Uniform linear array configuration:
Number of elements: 12
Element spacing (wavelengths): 0.75
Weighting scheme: hamming
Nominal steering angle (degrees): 15
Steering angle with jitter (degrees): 14.447
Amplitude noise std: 0.05
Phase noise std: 0.05

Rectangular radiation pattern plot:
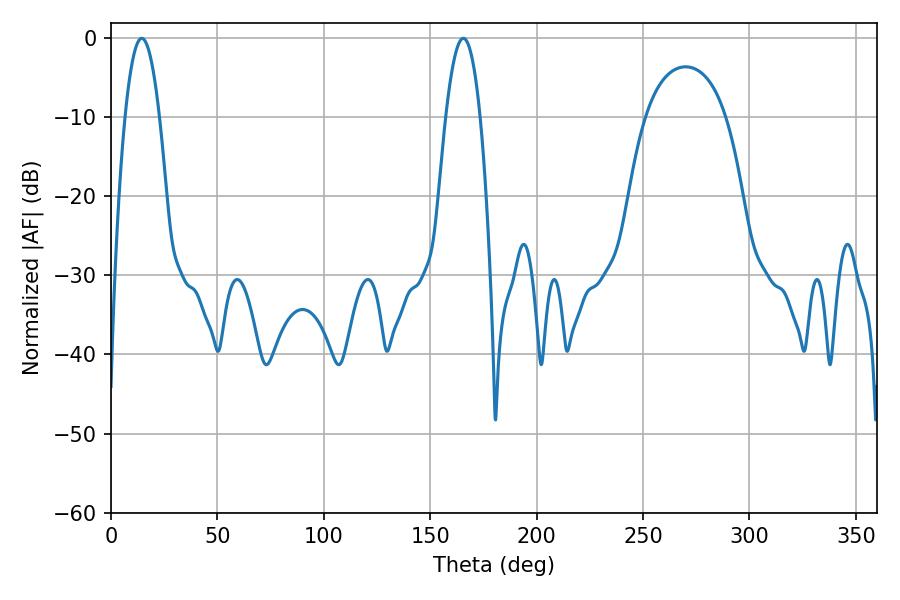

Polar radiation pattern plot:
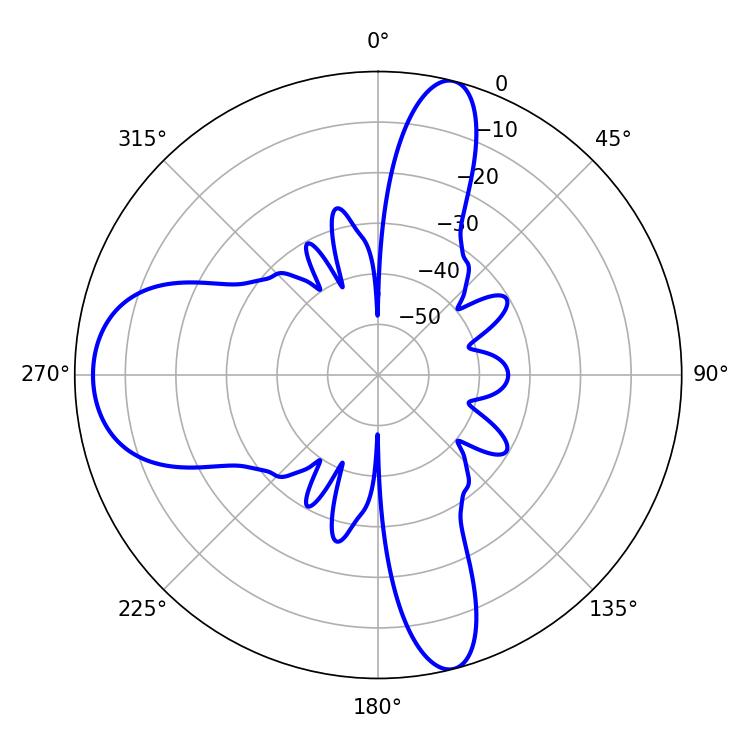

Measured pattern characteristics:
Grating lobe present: TRUE
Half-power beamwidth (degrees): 8.82
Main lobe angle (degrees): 14.4